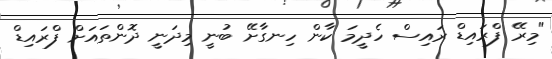
"މިރޭ ފްރައިޑް ރައިސް ހެދީމަ ކާން ހިނގާށޭ ބުނީ މިދަނީ ދޮންތައަށް ފްރައިޑް